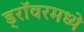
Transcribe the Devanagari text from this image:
ड्रॉवरमध्ये